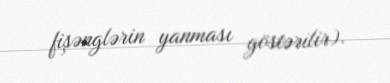
fişənglərin yanması göstərilir).